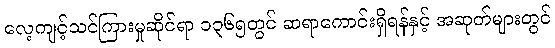
လေ့ကျင့်သင်ကြားမှုဆိုင်ရာ ၁၃၆၅တွင် ဆရာကောင်းရှိရန်နှင့် အဆုတ်များတွင်